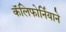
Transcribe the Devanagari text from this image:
कॅलिफोर्नियाने